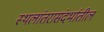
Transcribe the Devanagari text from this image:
स्थलांतरासंदर्भातील